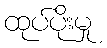
ထုပ်ပိုးမှု